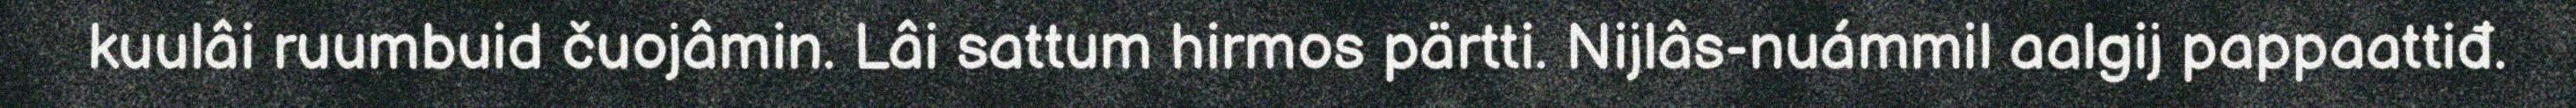
kuulâi ruumbuid čuojâmin. Lâi sattum hirmos pärtti. Nijlâs-nuámmil aalgij pappaattiđ.